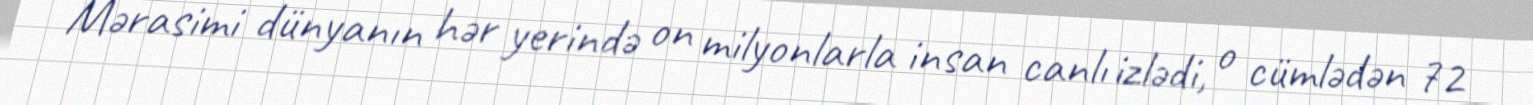
Mərasimi dünyanın hər yerində on milyonlarla insan canlı izlədi, o cümlədən 72